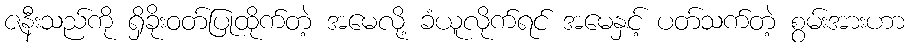
ဇနီးသည်ကို ရှိခိုးဝတ်ပြုထိုက်တဲ့ အမေလို့ ခံယူလိုက်ရင် အမေနှင့် ပတ်သက်တဲ့ စွမ်းအားဟာ